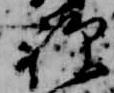
禅